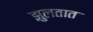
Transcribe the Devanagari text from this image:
झुलतात